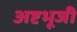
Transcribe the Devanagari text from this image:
अष्टभूजी